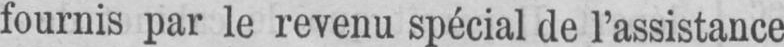
fournis par le revenu spécial de l’assistance